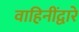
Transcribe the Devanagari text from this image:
वाहिनींद्वारे